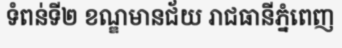
ទំពន់ទី២ ខណ្ឌមានជ័យ រាជធានីភ្នំពេញ